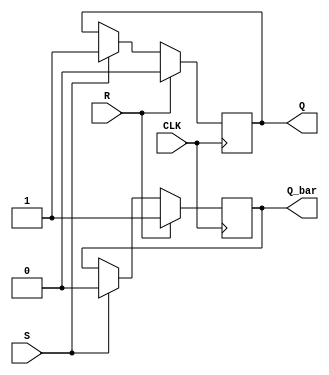
module Gated_SR_flipflop (
    input S, // Set input
    input R, // Reset input
    input CLK, // Clock input
    output reg Q, // Q output
    output reg Q_bar // Q_bar output
);

always @(posedge CLK) begin
    if (R) begin
        Q <= 1'b0;
        Q_bar <= 1'b1;
    end
    else if (S) begin
        Q <= 1'b1;
        Q_bar <= 1'b0;
    end
end

endmodule